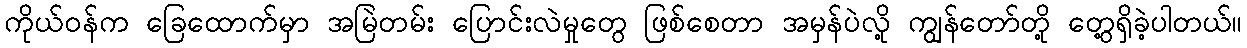
ကိုယ်ဝန်က ခြေထောက်မှာ အမြဲတမ်း ပြောင်းလဲမှုတွေ ဖြစ်စေတာ အမှန်ပဲလို့ ကျွန်တော်တို့ တွေ့ရှိခဲ့ပါတယ်။